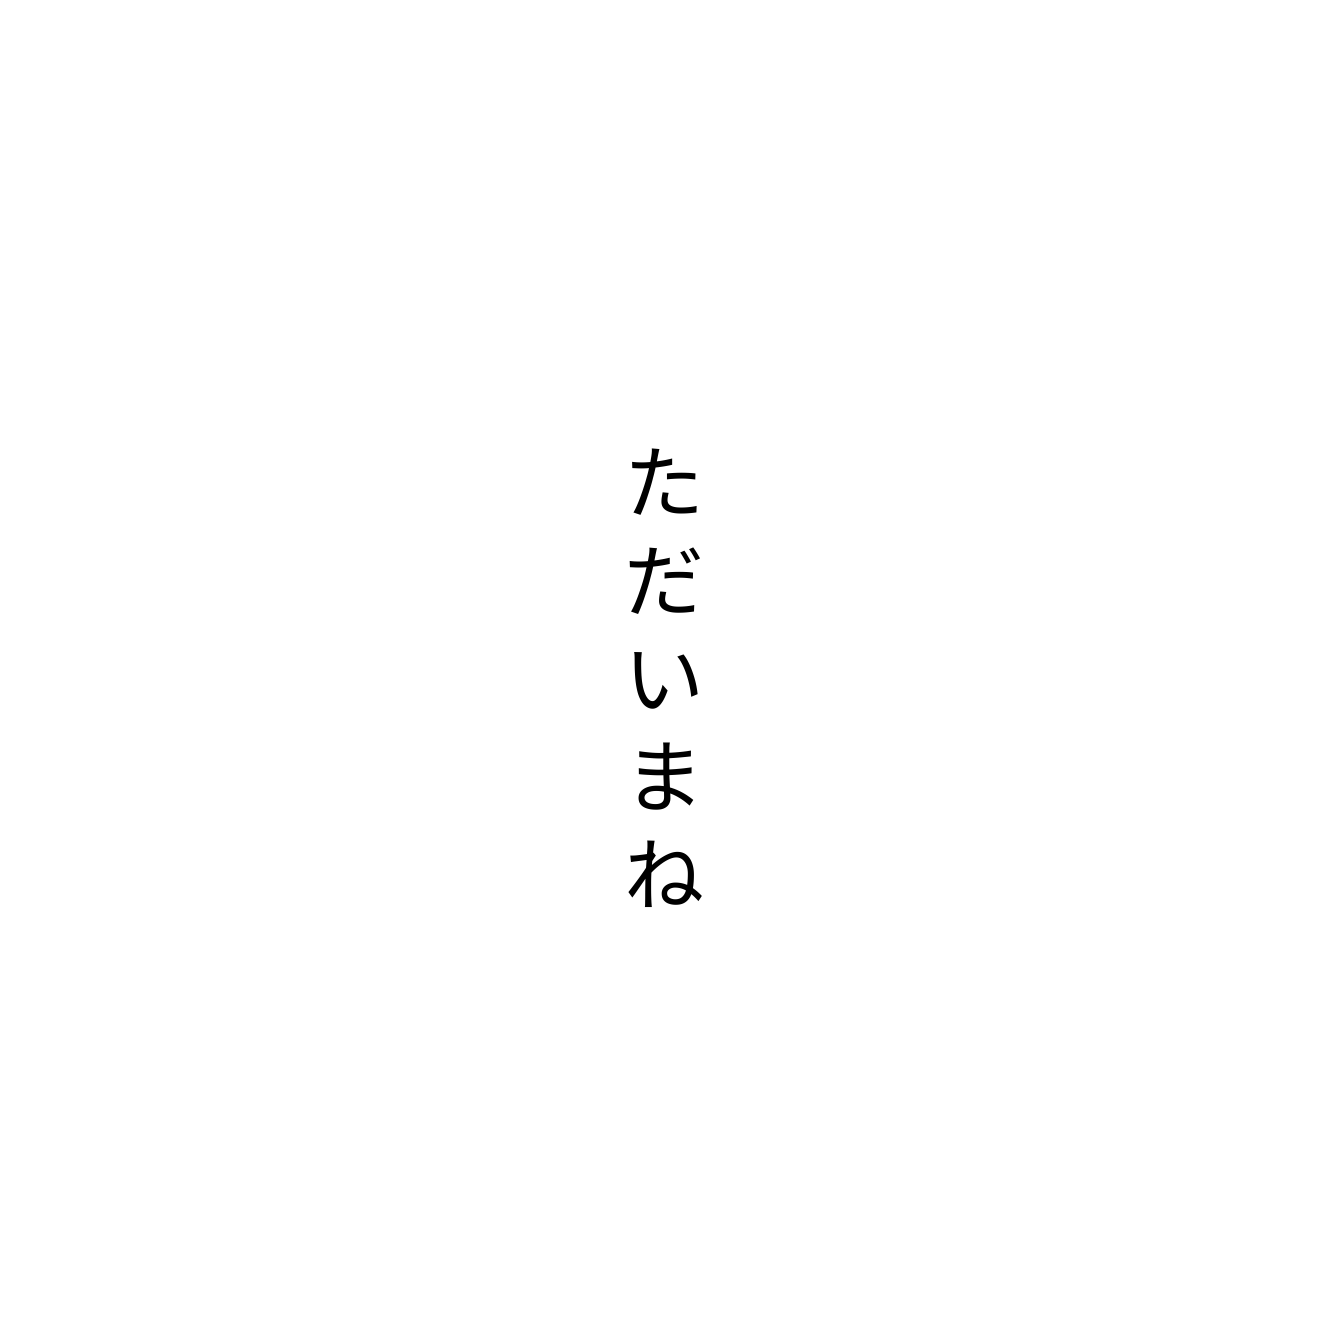
ただいまね